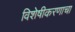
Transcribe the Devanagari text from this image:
विशेषीकरणाचा